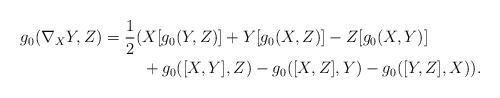
LaTeX: \begin{align*}g_0(\nabla_X Y, Z) = \frac{1}{2} ( & X[g_0(Y,Z)] + Y[g_0(X,Z)] - Z[g_0(X,Y)] \\& + g_0([X,Y],Z) - g_0([X,Z],Y) - g_0([Y,Z],X) ).\end{align*}